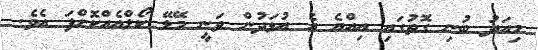
މިއަދު ބުނި ގޮތުގައި އިއްޔެ އެ އުޅަދުން ވަނީ މޭޑޭ ކޯލްއެއްކޮށްފަ އެވެ.